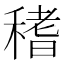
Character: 䅲